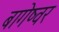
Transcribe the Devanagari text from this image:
बागेष्वर